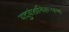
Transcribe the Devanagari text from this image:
यदुवंशनिरूपण